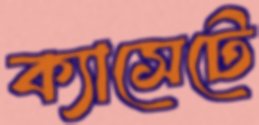
ক্যাসেটে